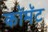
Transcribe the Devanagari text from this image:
कॉमॅट